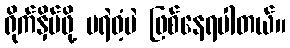
ရိုက်နှိပ်ဖို့ မရဲဝံ့ပဲ ဖြစ်နေရပါတယ်။